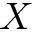
X